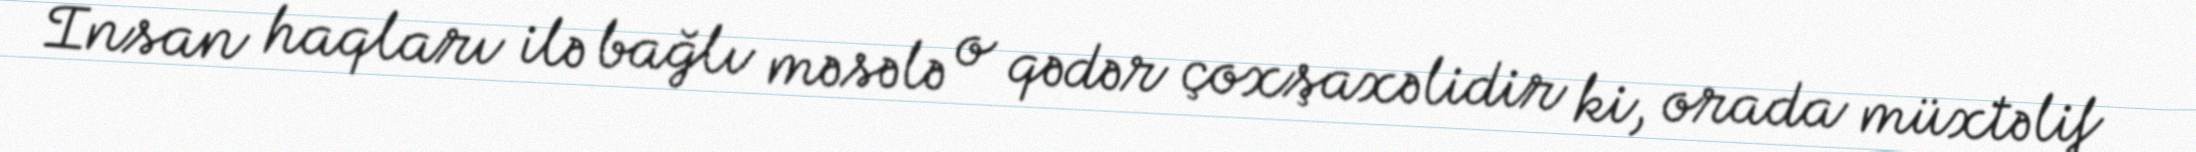
İnsan haqları ilə bağlı məsələ o qədər çoxşaxəlidir ki, orada müxtəlif